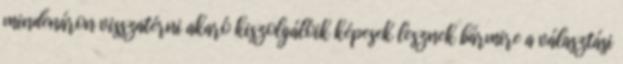
mindenáron visszatérni akaró kiszolgálóik képesek lesznek bármire a választási